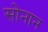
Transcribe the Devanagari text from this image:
सोनान